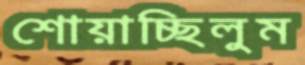
শোয়াচ্ছিলুম